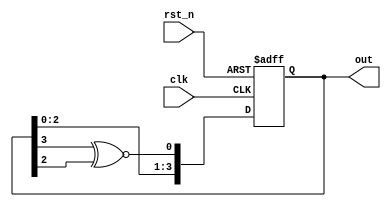
module register24 (input clk, input rst_n, output reg[3:0] out);

wire x;


always @(posedge clk, negedge rst_n)
    begin
      if(!rst_n) begin
        out <= 0;
      end else begin
        out <= {out[2:0], x};
      end
    end
  assign x = out[3] ^~ out[2];
   
endmodule